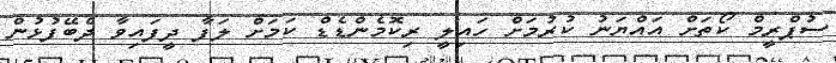
ސުޕްރީމް ކޯތަށް އައްޔަނު ކުރުމަށް ހައިލީ ރިކޮމެންޑެޑް ކަމަށް ލަފާ ދީފައިވާ ދެބޭފުޅުން